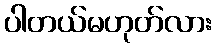
ပါတယ်မဟုတ်လား